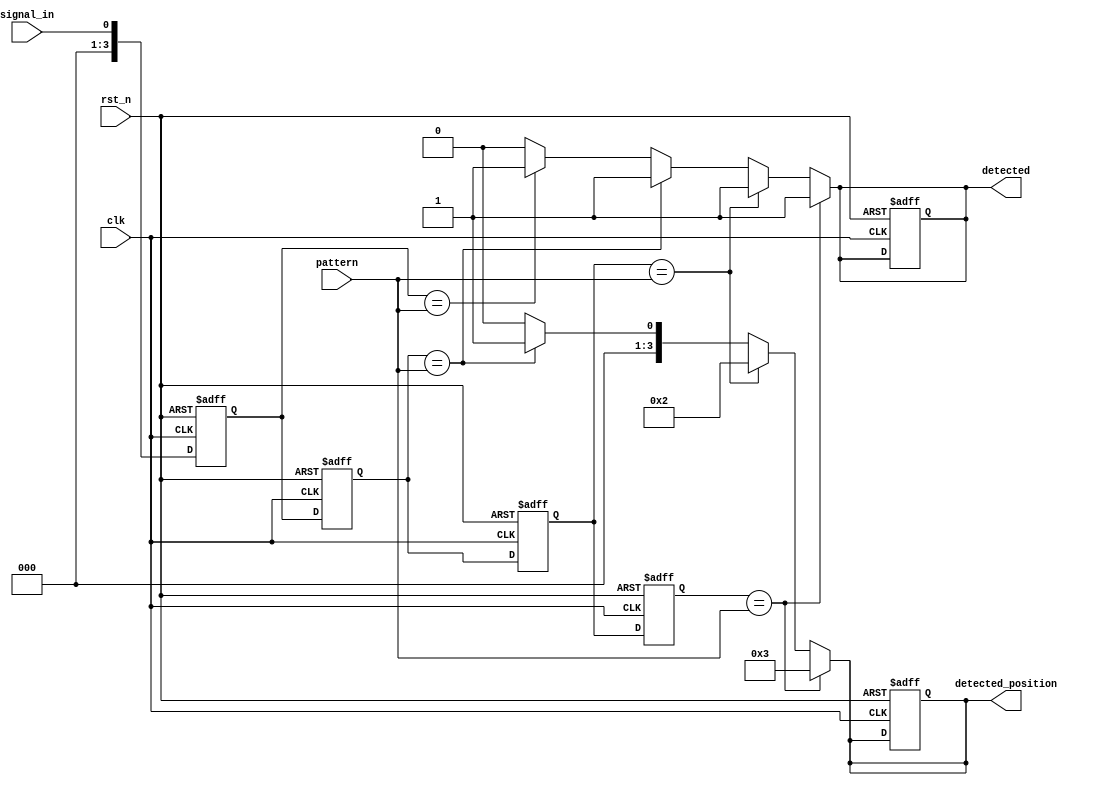
module MemoryBlocksSamplingDelayLineDetector #(
    parameter DATA_WIDTH = 8,         // Width of the input signal
    parameter NUM_BLOCKS = 4,         // Number of memory blocks (delay stages)
    parameter PATTERN_WIDTH = 4        // Width of the pattern to detect
)(
    input wire clk,                   // Clock signal
    input wire rst_n,                 // Asynchronous reset (active low)
    input wire signal_in,             // Input signal to be monitored
    input wire [PATTERN_WIDTH-1:0] pattern, // Pattern to detect
    output reg detected,              // Detection output signal
    output reg [NUM_BLOCKS-1:0] detected_position // Position of detected pattern
);

    // Memory blocks to store samples
    reg [DATA_WIDTH-1:0] mem_blocks [0:NUM_BLOCKS-1];

    // Sampling process
    integer i;
    always @(posedge clk or negedge rst_n) begin
        if (!rst_n) begin
            // Reset memory blocks and detection signals
            for (i = 0; i < NUM_BLOCKS; i = i + 1) begin
                mem_blocks[i] <= 0;
            end
            detected <= 0;
            detected_position <= 0;
        end else begin
            // Shift samples into memory blocks
            for (i = NUM_BLOCKS-1; i > 0; i = i - 1) begin
                mem_blocks[i] <= mem_blocks[i-1];
            end
            mem_blocks[0] <= signal_in; // Store the latest sample
        end
    end

    // Pattern detection logic
    always @(*) begin
        detected = 0;
        detected_position = 0;
        for (i = 0; i < NUM_BLOCKS; i = i + 1) begin
            if (mem_blocks[i][PATTERN_WIDTH-1:0] == pattern) begin
                detected = 1; // Pattern detected
                detected_position = i; // Store the position
            end
        end
    end

endmodule